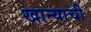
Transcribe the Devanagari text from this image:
खान्याची